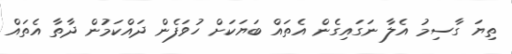
ތިޔަ ގާސިމު އެލާ ނަގައިގެން އެތައް ބަޔަކަށް ހުވަފެން ދައްކަމުން ދާތާ އެތައް